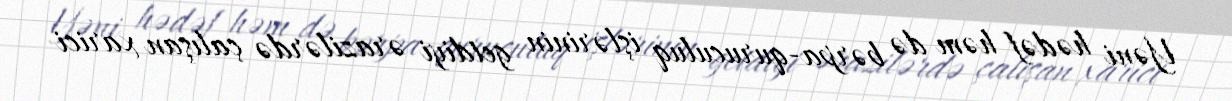
Yəni hədəf həm də bərpa-quruculuq işlərinin getdiyi ərazilərdə çalışan xarici